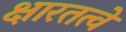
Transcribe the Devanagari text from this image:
क्षारतत्वे